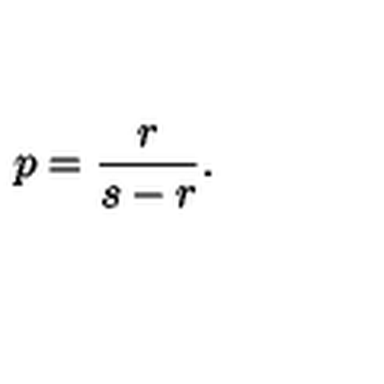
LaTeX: \displaystyle p = \frac { r } { s - r } .